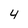
Character: 4